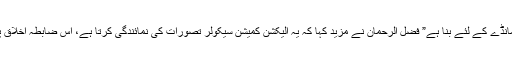
” اور ہمارے برانڈ کا اسلام ہمارے حلوے مانڈے کے لئے بنا ہے” فضل الرحمان نے مزید کہا کہ یہ الیکشن کمیشن سیکولر تصورات کی نمائندگی کرتا ہے، اس ضابطہ اخلاق پر الیکشن کمیشن اپنی پوزیشن واضح کرے۔